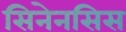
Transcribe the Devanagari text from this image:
सिनेनसिस